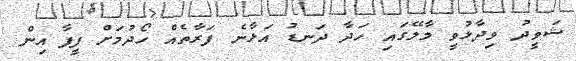
ޝަވީދު ވިދާޅުވީ މާލޭގައި ހަދާ ދަނޑު އަޅާނެ ފަރާތެއް ހޯދުމަށް ފީފާ އިން